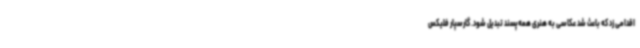
اقدامی زد که باعث شد عکاسی به هنری همه‌پسند تبدیل شود. گارسپار فلیکس